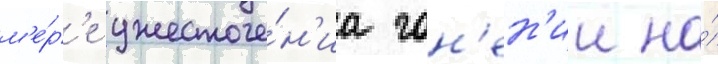
м'е́р'е ужесточе́н'иа гон'ен'ии на́